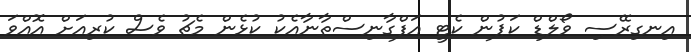
އިނގިރޭސި ވޯލްޑް ކަޕުން ކެޓީ އަފްގާނިސްތާނާއެކު ކުޅެން މެޗު ވެސް ކުރިއަށް އޮއްވަ